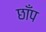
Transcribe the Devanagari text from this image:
छाँप